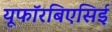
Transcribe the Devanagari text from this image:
यूफॉरबिएसिई